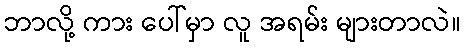
ဘာလို့ ကား ပေါ်မှာ လူ အရမ်း များတာလဲ။